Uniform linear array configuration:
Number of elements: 8
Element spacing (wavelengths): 0.25
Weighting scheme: hann
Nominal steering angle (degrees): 60
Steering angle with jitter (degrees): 60.237
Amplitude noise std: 0.05
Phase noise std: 0.05

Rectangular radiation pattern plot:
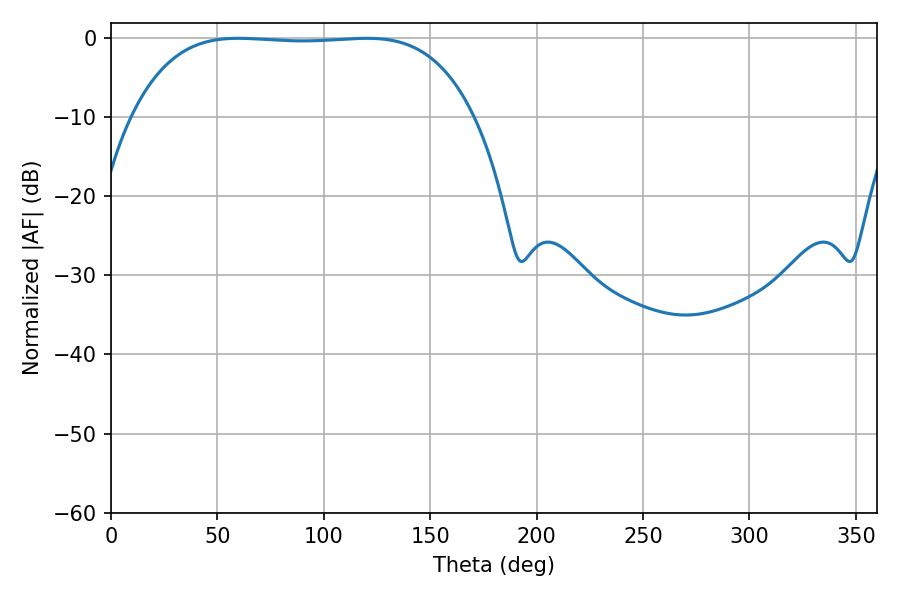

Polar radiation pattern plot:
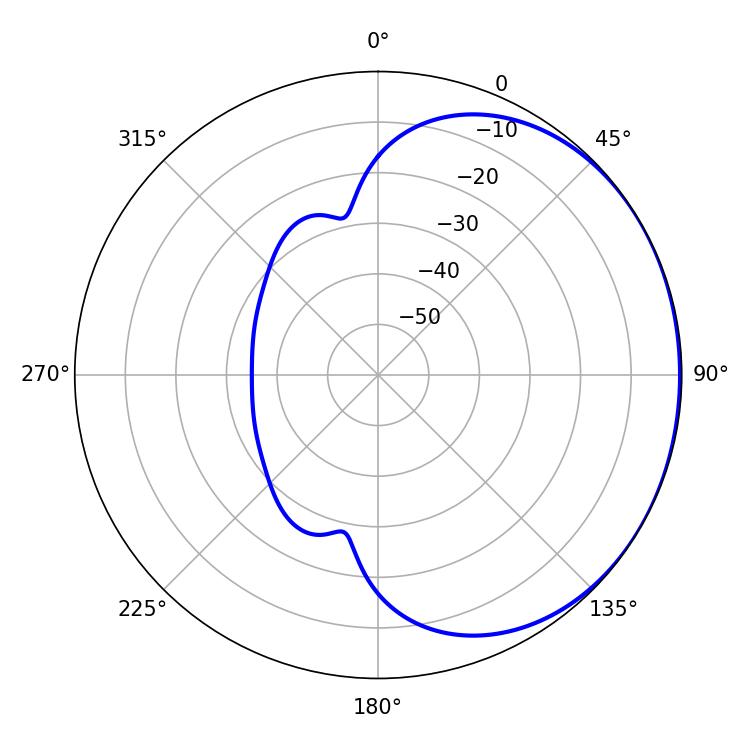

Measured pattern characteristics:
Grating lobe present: FALSE
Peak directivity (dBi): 0.7312
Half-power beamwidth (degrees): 124.92
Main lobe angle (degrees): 59.76